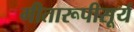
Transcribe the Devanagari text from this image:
गीतारूपीसूर्य